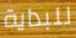
للبداية